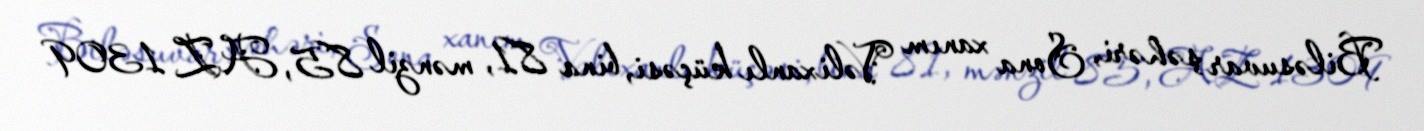
Biləsuvar şəhəri, Sona xanım Vəlixanlı küçəsi, bina 81, mənzil 85, AZ 1309